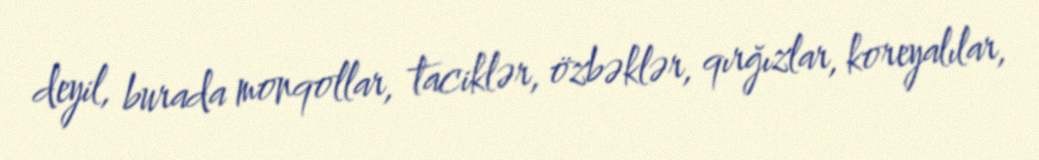
deyil, burada monqollar, taciklər, özbəklər, qırğızlar, koreyalılar,